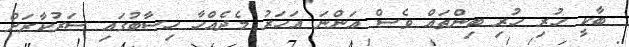
ބާކީ ހުރި ހުރި ބިންތައް ވެސް އަންނަަ އަހަރު މެދެއްހާ ހިސާބުގައި ސަރުކާރަށް